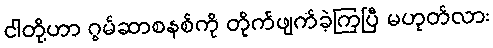
ငါတို့ဟာ ဂွမ်ဆာစနစ်ကို တိုက်ဖျက်ခဲ့ကြပြီ မဟုတ်လား